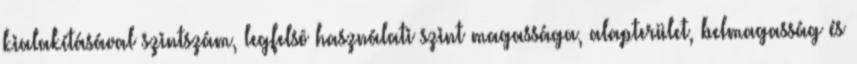
kialakításával szintszám, legfelsõ használati szint magassága, alapterület, belmagasság és